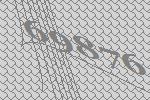
69876